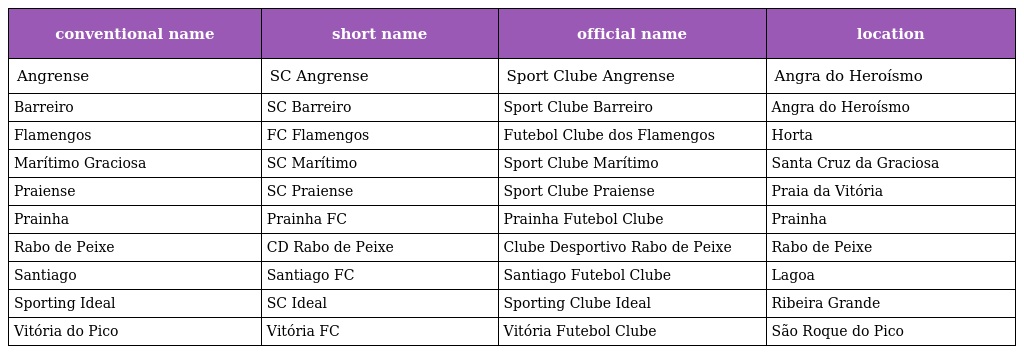
| conventional name | short name | official name | location |
 | --- | --- | --- | --- |
 | Angrense | SC Angrense | Sport Clube Angrense | Angra do Heroísmo |
 | Barreiro | SC Barreiro | Sport Clube Barreiro | Angra do Heroísmo |
 | Flamengos | FC Flamengos | Futebol Clube dos Flamengos | Horta |
 | Marítimo Graciosa | SC Marítimo | Sport Clube Marítimo | Santa Cruz da Graciosa |
 | Praiense | SC Praiense | Sport Clube Praiense | Praia da Vitória |
 | Prainha | Prainha FC | Prainha Futebol Clube | Prainha |
 | Rabo de Peixe | CD Rabo de Peixe | Clube Desportivo Rabo de Peixe | Rabo de Peixe |
 | Santiago | Santiago FC | Santiago Futebol Clube | Lagoa |
 | Sporting Ideal | SC Ideal | Sporting Clube Ideal | Ribeira Grande |
 | Vitória do Pico | Vitória FC | Vitória Futebol Clube | São Roque do Pico |